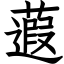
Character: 蕸